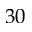
3 0